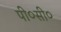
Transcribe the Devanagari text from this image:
पी०सी०